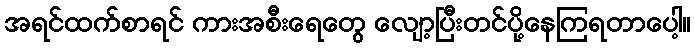
အရင်ထက်စာရင် ကားအစီးရေတွေ လျော့ပြီးတင်ပို့နေကြရတာပေါ့။